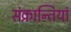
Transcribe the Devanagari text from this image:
संक्रान्तियां